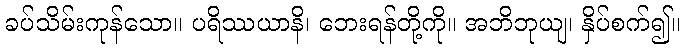
ခပ်သိမ်းကုန်သော။ ပရိဿယာနိ၊ ဘေးရန်တို့ကို။ အဘိဘုယျ၊ နှိပ်စက်၍။